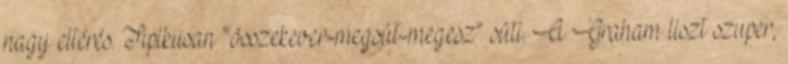
nagy eltérés. Tipikusan “összekever-megsüt-megesz” süti. A Graham liszt szuper,